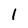
Character: l